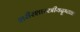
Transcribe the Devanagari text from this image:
शरीरशास्स्त्रीयदृष्ट्या